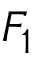
F _ { 1 }